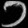
Digit: ၁